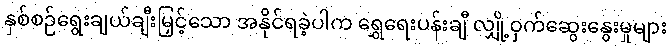
နှစ်စဉ်ရွေးချယ်ချီးမြှင့်သော အနိုင်ရခဲ့ပါက ရွှေရေးပန်းချီ လျှို့ဝှက်ဆွေးနွေးမှုများ